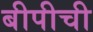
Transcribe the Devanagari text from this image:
बीपीची